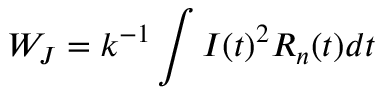
W _ { J } = k ^ { - 1 } \int I ( t ) ^ { 2 } R _ { n } ( t ) d t